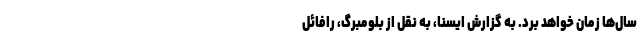
سال‌ها زمان خواهد برد. به گزارش ایسنا، به نقل از بلومبرگ، رافائل